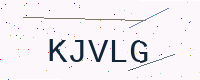
Text: KJVLG